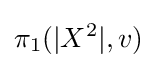
\pi _{1}(|X^{2}|,v)